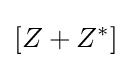
\left[Z+Z^{*}\right]